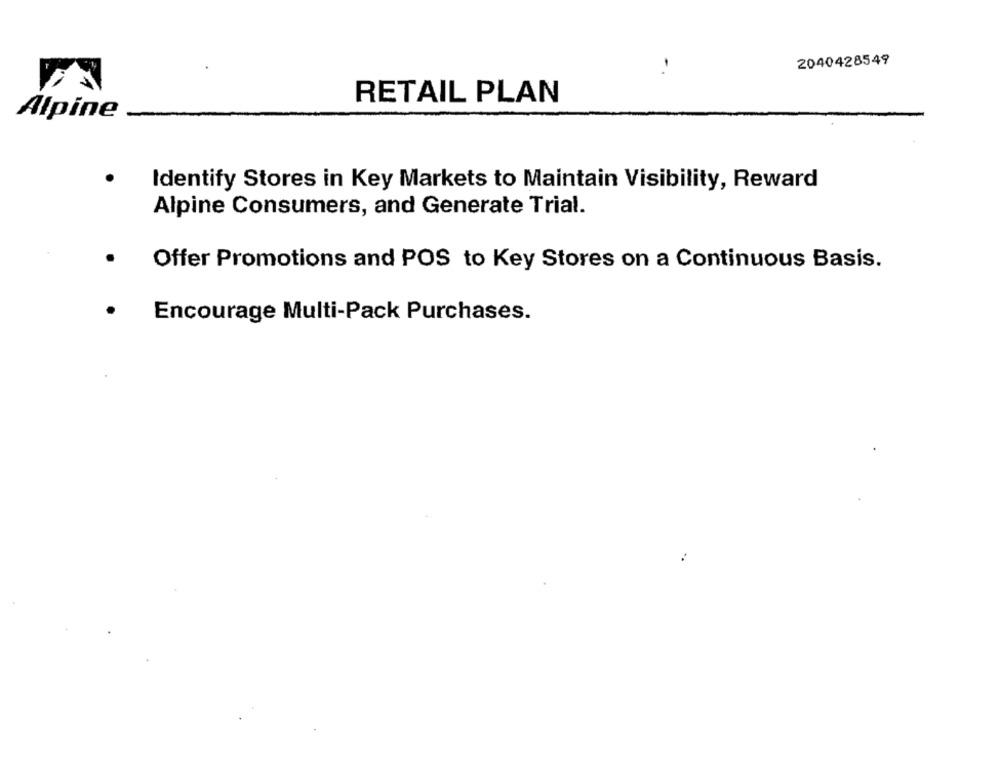
2040428549
..
RETAIL PLAN
Alpine
Identify Stores in Key Markets to Maintain Visibility, Reward
Alpine Consumers, and Generate Trial.
Offer Promotions and POS to Key Stores on a Continuous Basis.
Encourage Multi-Pack Purchases.